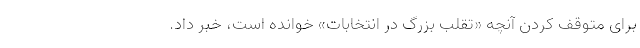
برای متوقف کردن آنچه «تقلب بزرگ در انتخابات» خوانده است، خبر داد.